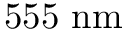
5 5 5 ~ \mathrm { n m }